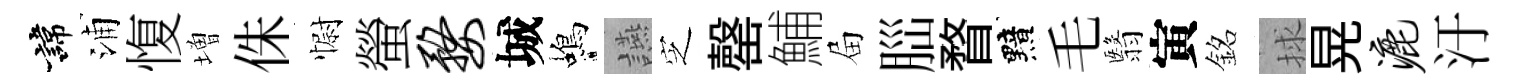
諱浦愎増侏𢠢螢婺城蝎讌㝎罄鯆屇𦛁瞀黯毛翳寅銘捄晃漉汙